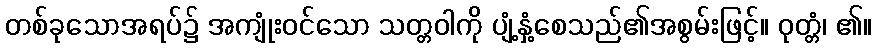
တစ်ခုသောအရပ်၌ အကျုံးဝင်သော သတ္တဝါကို ပျံ့နှံ့စေသည်၏အစွမ်းဖြင့်။ ဝုတ္တံ၊ ၏။